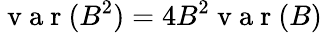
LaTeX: \mathrm{~v~a~r~}(B^{2})=4B^{2}\mathrm{~v~a~r~}(B)